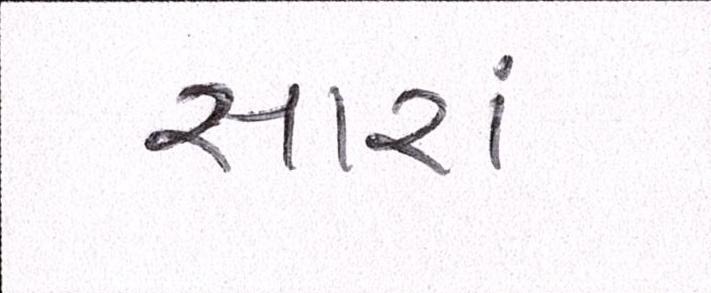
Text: સારાં